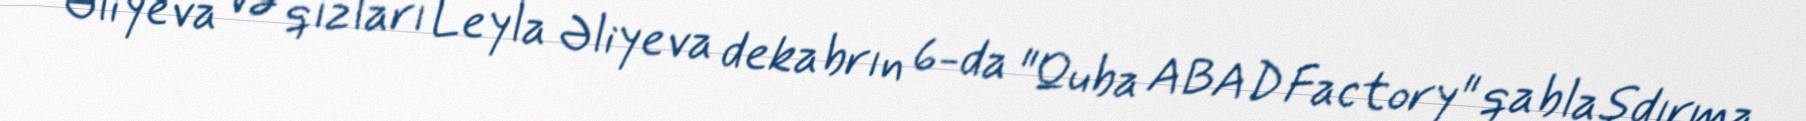
Əliyeva və qızları Leyla Əliyeva dekabrın 6-da "Quba ABAD Factory" qablaşdırma